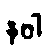
နဝါ